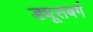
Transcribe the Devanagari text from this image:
ड्यूसबर्ग